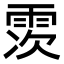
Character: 䨏